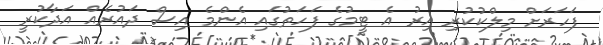
ފަހަރަށް މިލްކުކުރި އިރު އެ ޓީމުގެ ފަހަތުގައި އެންމެ އިސް ދައުރެއް އަދާކުރީ